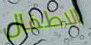
الاطفال